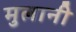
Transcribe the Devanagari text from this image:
मुलानी